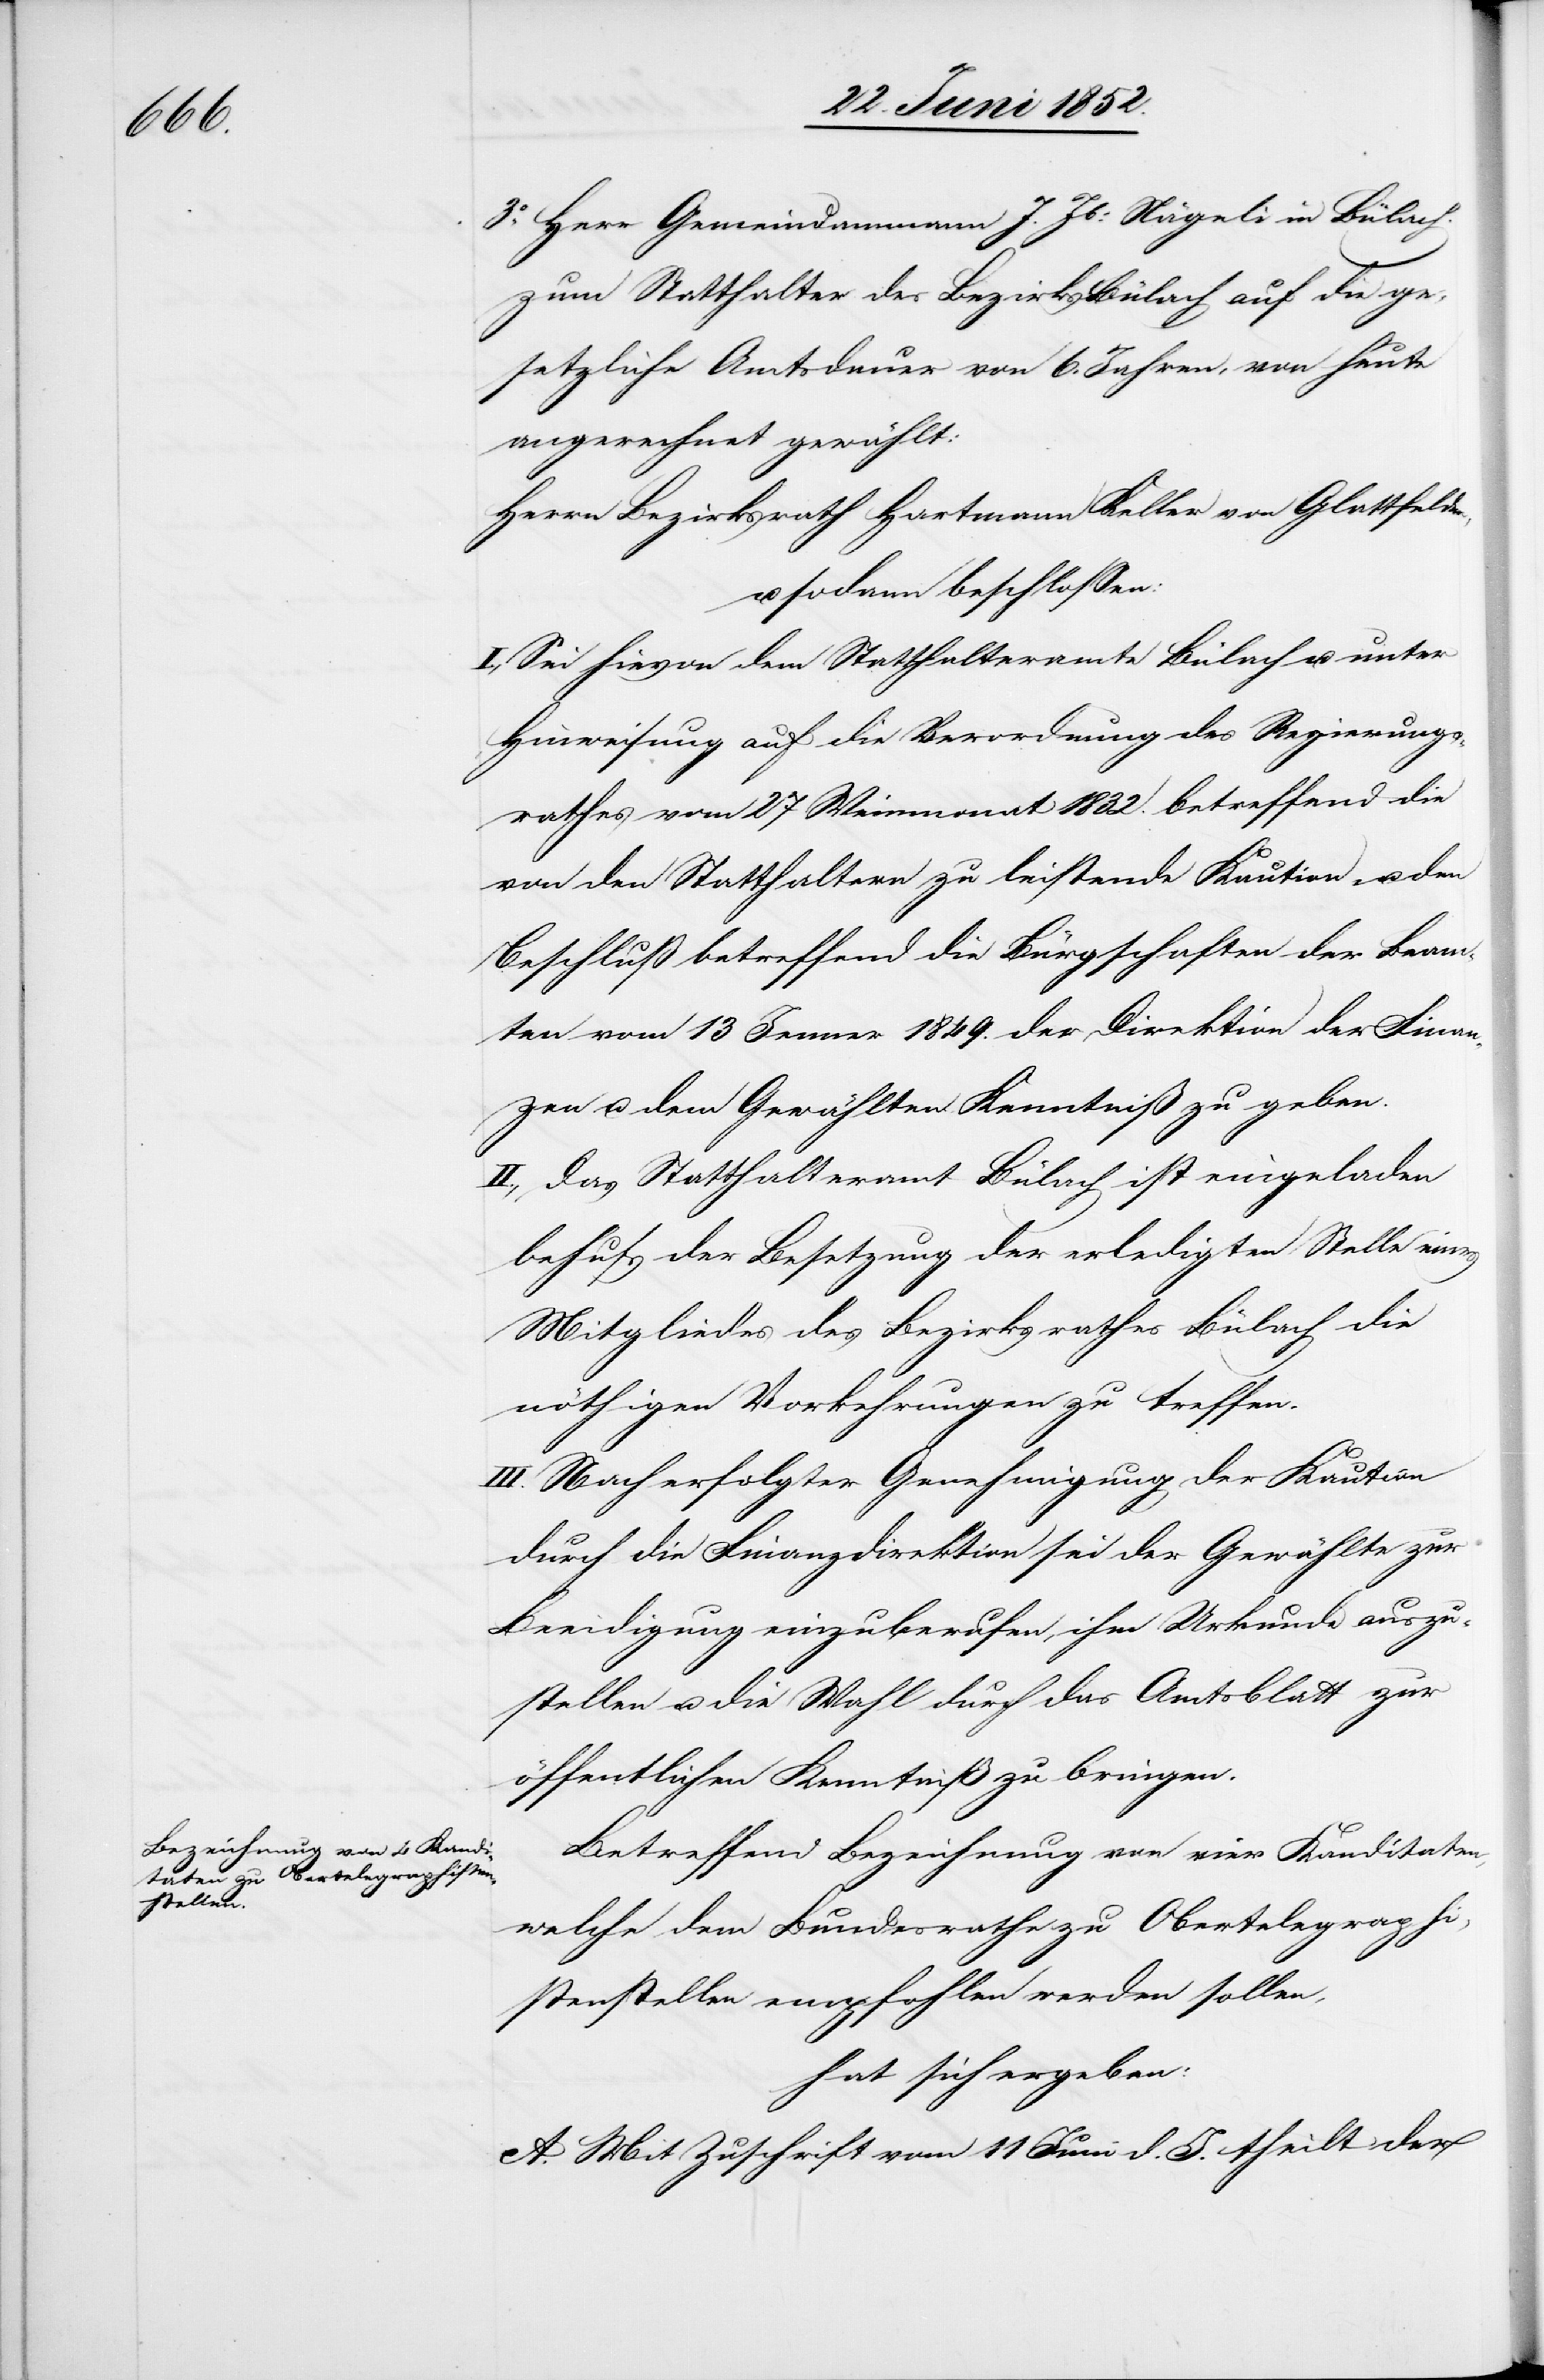
3o Herr Gemeindammann J. Jb: Nägeli in Bülach.
zum Statthalter des Bezirks Bülach auf die ge¬
setzliche Amtsdauer von 6. Jahren, von heute
angerechnet gewählt:
Herrn Bezirksrath Hartmann Keller von Glattfelden,
sodann beschlossen:
I., Sei hievon dem Statthalteramte Bülach u. unter
Hinweisung auf die Verordnung des Regierungs¬
rathes vom 27 Weinmonat 1832. betreffend die
von den Statthaltern zu leistende Kaution u. den
Beschluß betreffend die Bürgschaften der Beam¬
ten vom 13 Jenner 1849. der Direktion der Finan¬
zen u. dem Gewählten Kenntniß zu geben.
II., Das Statthalteramt Bülach ist eingeladen
behufs der Besetzung der erledigten Stelle eines
Mitgliedes des Bezirksrathes Bülach die
nöthigen Vorkehrungen zu treffen.
III. Nach erfolgter Genehmigung der Kaution
durch die Finanzdirektion sei der Gewählte zur
Beeidigung einzuberufen, ihm Urkunde auszu¬
stellen u. die Wahl durch das Amtsblatt zur
öffentlichen Kenntniß zu bringen.
Betreffend Bezeichnung von vier Kanditaten,
welche dem Bundesrathe zu Obertelegraphi¬
stenstellen empfohlen werden sollen,
hat sich ergeben:
A. Mit Zuschrift vom 11 Juni d. J. theilt der